65_HS1-834228961_62-HQ-83894_Section_3
Agency: FBI
Page 60
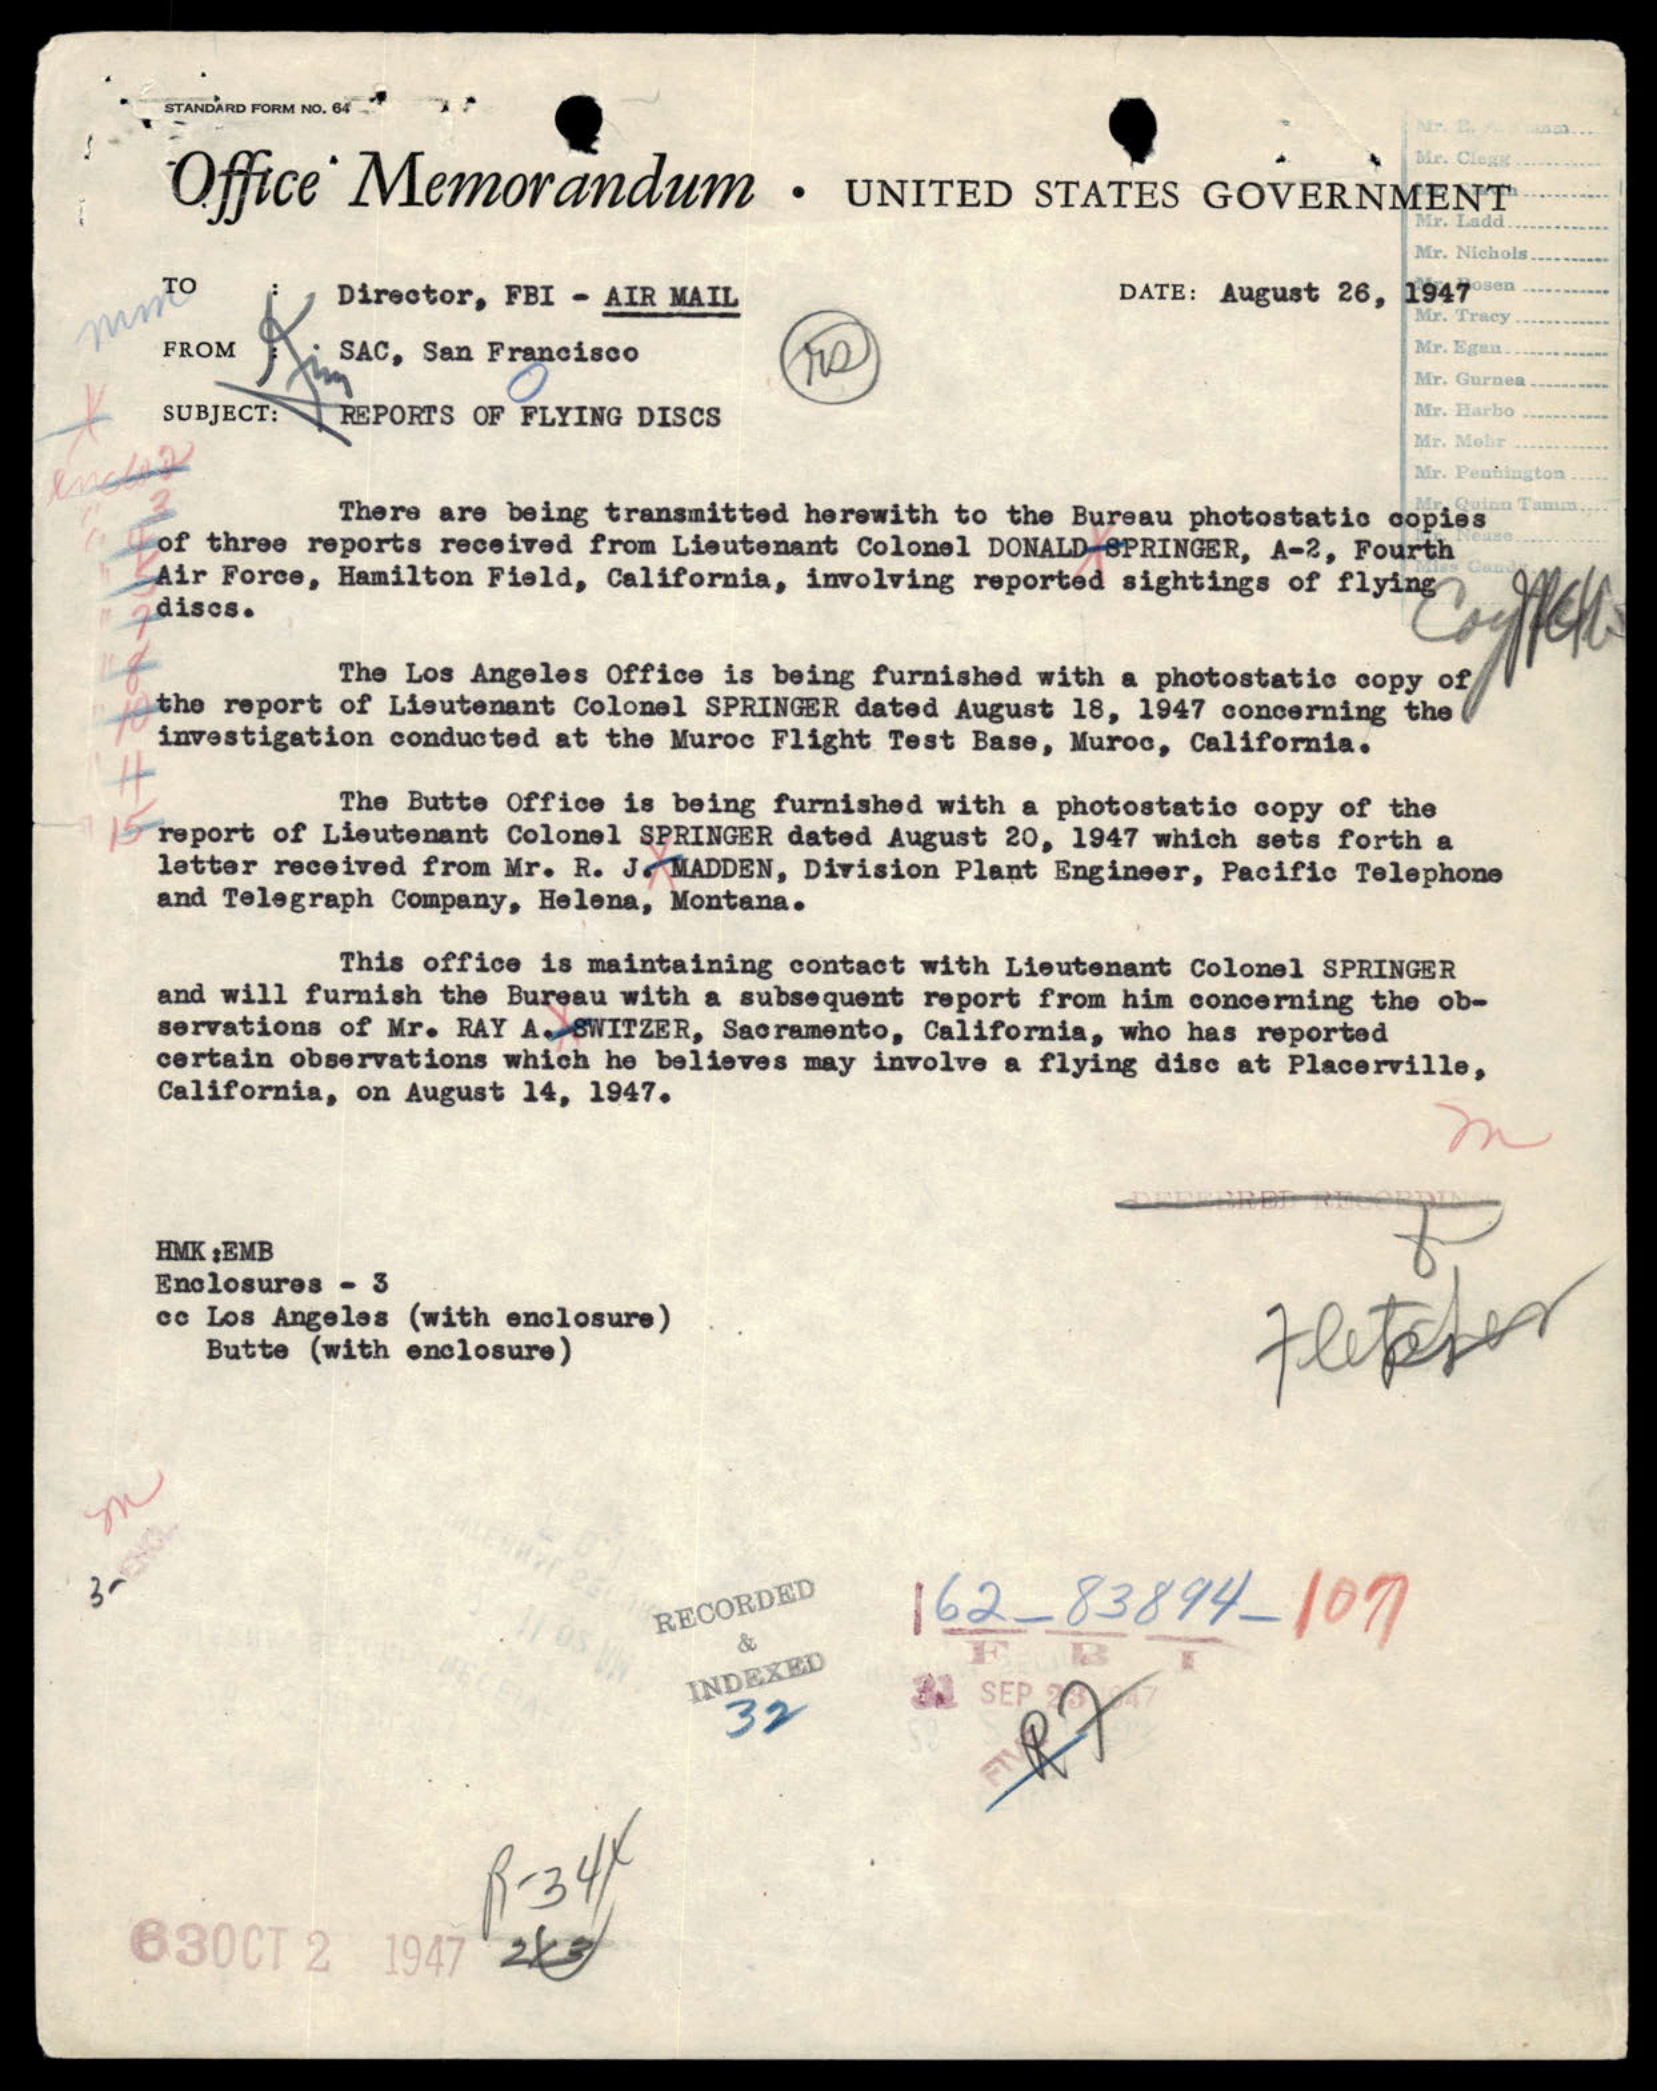